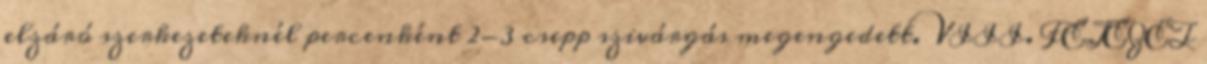
elzáró szerkezeteknél percenként 2-3 csepp szivárgás megengedett. VIII. FEJEZET